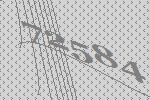
72584